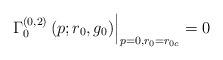
LaTeX: \begin{align*}\left. \Gamma _{0}^{(0,2)}\left( p;r_{0},g_{0}\right) \right|_{p=0,r_{0}=r_{0{c}}}=0 \end{align*}